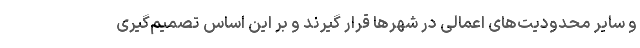
و سایر محدودیت‌های اعمالی در شهرها قرار گیرند و بر این اساس تصمیم‌گیری